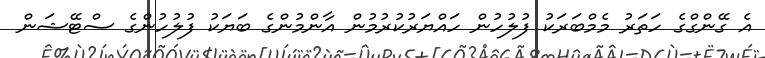
އެ ގޭންގްގެ ހަތަރު މެމްބަރަކު ފުލުހުން ހައްޔަރުކުރުމުން އާންމުންގެ ބަޔަކު ފުލުހުންގެ ސްޓޭޝަން